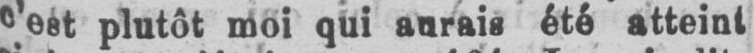
c’est plutôt moi qui aurais été atteint